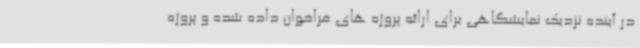
در آینده نزدیک نمایشگاهی برای ارائه پروژه های فراخوان داده شده و پروژه